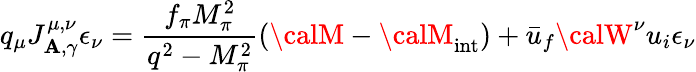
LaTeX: q_{\mu}J_{\mathbf{A},\gamma}^{\mu,\nu}\epsilon_{\nu}=\frac{{f_{\pi}M_{\pi}^{2}}}{{q^{2}-M_{\pi}^{2}}}({\calM}-{\calM}_{\mathrm{{int}}})+\bar{{u}}_{f}{\calW^{\nu}}u_{i}\epsilon_{\nu}